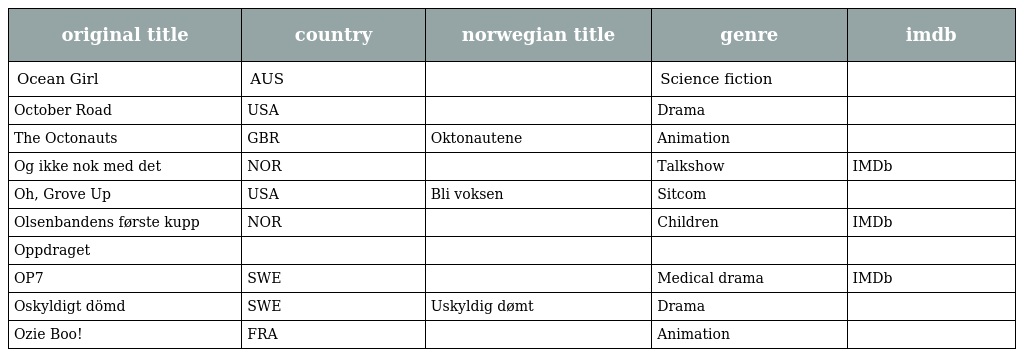
| original title | country | norwegian title | genre | imdb |
 | --- | --- | --- | --- | --- |
 | Ocean Girl | AUS |  | Science fiction |  |
 | October Road | USA |  | Drama |  |
 | The Octonauts | GBR | Oktonautene | Animation |  |
 | Og ikke nok med det | NOR |  | Talkshow | IMDb |
 | Oh, Grove Up | USA | Bli voksen | Sitcom |  |
 | Olsenbandens første kupp | NOR |  | Children | IMDb |
 | Oppdraget |  |  |  |  |
 | OP7 | SWE |  | Medical drama | IMDb |
 | Oskyldigt dömd | SWE | Uskyldig dømt | Drama |  |
 | Ozie Boo! | FRA |  | Animation |  |